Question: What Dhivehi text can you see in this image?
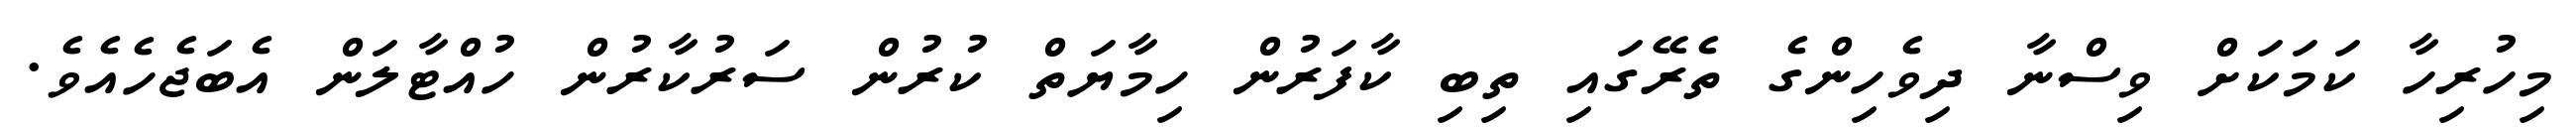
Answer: މިހުރިހާ ކަމަކަށް ވިސްނާ ދިވެހިންގެ ތެރޭގައި ތިބި ކާފަރުން ހިމާޔަތް ކުރުން ސަރުކާރުން ހުއްޓާލަން އެބަޖެހެއެވެ.